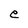
Character: e